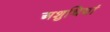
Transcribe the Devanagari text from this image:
अशुधियां